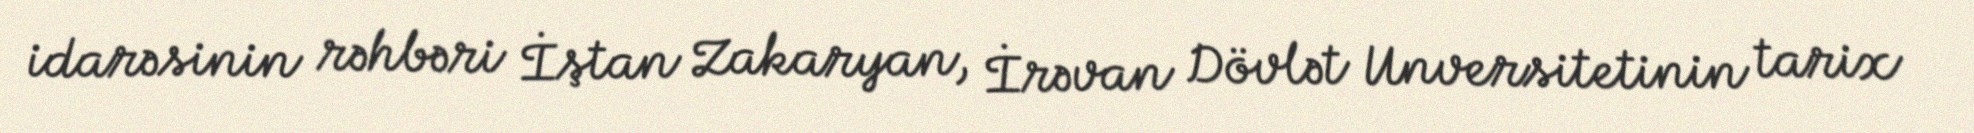
idarəsinin rəhbəri İştan Zakaryan, İrəvan Dövlət Unversitetinin tarix